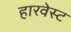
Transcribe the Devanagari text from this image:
हारवेस्ट